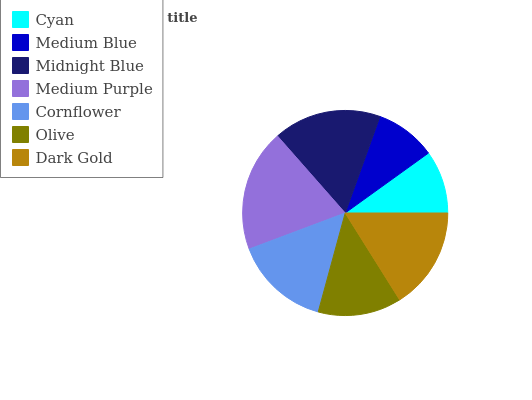
| Cyan | Medium Blue | Midnight Blue | Medium Purple | Cornflower | Olive | Dark Gold |
 | --- | --- | --- | --- | --- | --- | --- |
 | 9.93% | 9.56% | 17% | 19.2% | 15% | 13.1% | 16.1% |